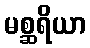
မစ္ဆရိယာ